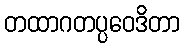
တထာဂတပ္ပဝေဒိတာ